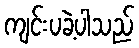
ကျင်းပခဲ့ပါသည်